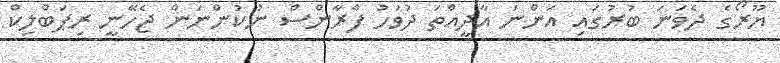
ޔޫރޯގެ ދެވަނަ ބުރުގައި އަންނަ އާދީއްތަ ދުވަހު ފްރާންސް ނުކުންނަން ޖެހޭނީ ރިޕަބްލިކް